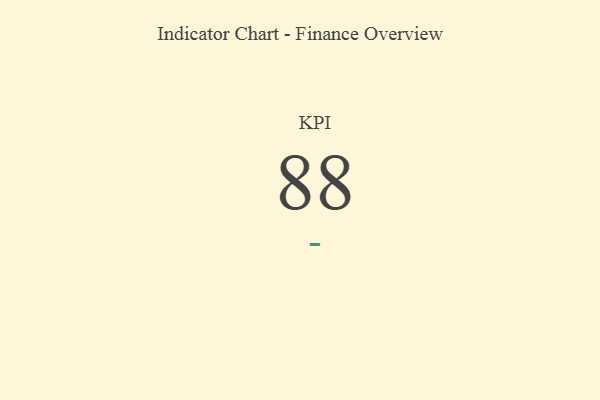
{"axis": {"x": "KPI", "y": "Value"}, "legend": [""], "data": [{"x": "KPI", "y": 88, "type": ""}]}